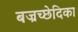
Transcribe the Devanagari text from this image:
बज्रच्छेदिका